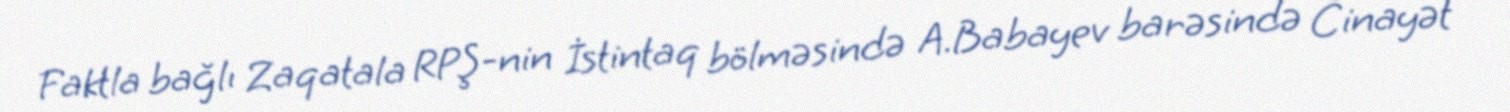
Faktla bağlı Zaqatala RPŞ-nin İstintaq bölməsində A.Babayev barəsində Cinayət